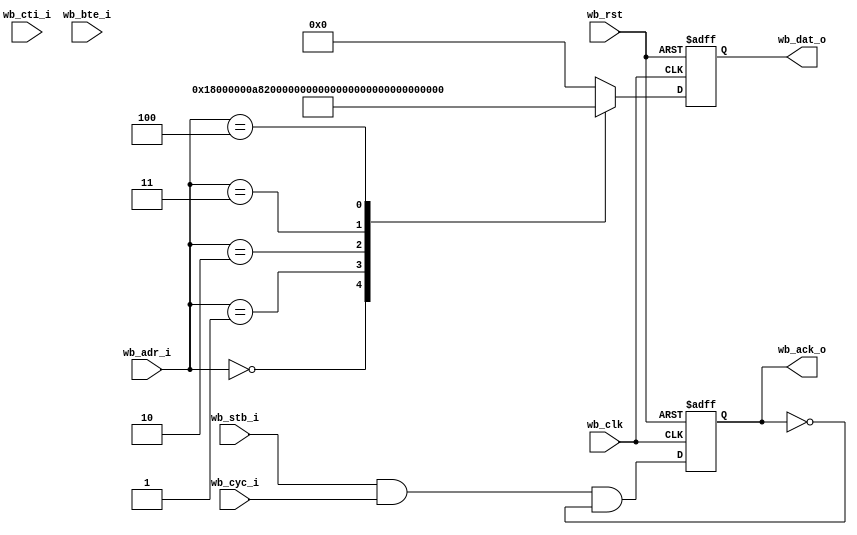
module rom
  #(parameter addr_width = 5,
    parameter b3_burst   = 0)
   (
    input 		       wb_clk,
    input 		       wb_rst,
    input [(addr_width+2)-1:2] wb_adr_i,
    input 		       wb_stb_i,
    input 		       wb_cyc_i,
    input [2:0] 	       wb_cti_i,
    input [1:0] 	       wb_bte_i,
    output reg [31:0] 	       wb_dat_o,
    output reg 		       wb_ack_o);
   
   reg [addr_width-1:0] 	    adr;

   always @ (posedge wb_clk or posedge wb_rst)
     if (wb_rst)
       wb_dat_o <= 32'h15000000;
     else
        `ifdef (b3_burst)
    	     case (adr)
    	`else
    	    case(wb_adr_i)
    	`endif     
/*	 // Zero r0 and endless loop
	 0 : wb_dat_o <= 32'h18000000;
	 1 : wb_dat_o <= 32'hA8200000;
	 2 : wb_dat_o <= 32'hA8C00100;
	 3 : wb_dat_o <= 32'h00000000;
	 4 : wb_dat_o <= 32'h15000000;
*/
	 // Zero r0 and jump to 0x00000100
	 0 : wb_dat_o <= 32'h18000000;
	 1 : wb_dat_o <= 32'hA8200000;
	 2 : wb_dat_o <= 32'hA8C00100;
	 3 : wb_dat_o <= 32'h44003000;
	 4 : wb_dat_o <= 32'h15000000;
 
	 default:
	    wb_dat_o <= 32'h00000000;
       endcase // case (wb_adr_i)

generate
if(b3_burst) begin : gen_b3_burst
   reg 				    wb_stb_i_r;
   reg 				    new_access_r;   
   reg 				    burst_r;
	 
   wire burst      = wb_cyc_i & (!(wb_cti_i == 3'b000)) & (!(wb_cti_i == 3'b111));
   wire new_access = (wb_stb_i & !wb_stb_i_r);
   wire new_burst  = (burst & !burst_r);

   always @(posedge wb_clk) begin
     new_access_r <= new_access;
     burst_r      <= burst;
     wb_stb_i_r   <= wb_stb_i;
   end
   
   
   always @(posedge wb_clk)
     if (wb_rst)
       adr <= 0;
     else if (new_access)
       // New access, register address, ack a cycle later
       adr <= wb_adr_i[(addr_width+2)-1:2];
     else if (burst) begin
	if (wb_cti_i == 3'b010)
	  case (wb_bte_i)
	    2'b00: adr <= adr + 1;
	    2'b01: adr[1:0] <= adr[1:0] + 1;
	    2'b10: adr[2:0] <= adr[2:0] + 1;
	    2'b11: adr[3:0] <= adr[3:0] + 1;
	  endcase // case (wb_bte_i)
	else
	  adr <= wb_adr_i[(addr_width+2)-1:2];
     end // if (burst)
   
   
   always @(posedge wb_clk)
     if (wb_rst)
       wb_ack_o <= 0;
     else if (wb_ack_o & (!burst | (wb_cti_i == 3'b111)))
       wb_ack_o <= 0;
     else if (wb_stb_i & ((!burst & !new_access & new_access_r) | (burst & burst_r)))
       wb_ack_o <= 1;
     else
       wb_ack_o <= 0;

     end else begin
	always @(wb_adr_i)
	  adr <= wb_adr_i;
	
	always @ (posedge wb_clk or posedge wb_rst)
	  if (wb_rst)
	    wb_ack_o <= 1'b0;
	  else
	    wb_ack_o <= wb_stb_i & wb_cyc_i & !wb_ack_o;
	
     end
endgenerate   
endmodule